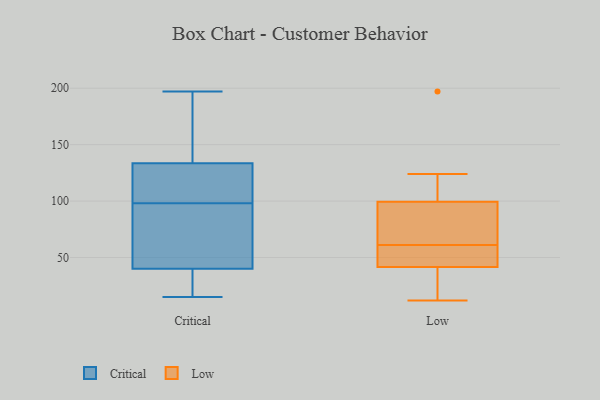
{"axis": {"x": "Bounce Rate (%)", "y": "Value"}, "legend": ["Critical", "Low"], "data": [{"x": "", "y": 197, "type": "Critical"}, {"x": "", "y": 113, "type": "Critical"}, {"x": "", "y": 26, "type": "Critical"}, {"x": "", "y": 34, "type": "Critical"}, {"x": "", "y": 24, "type": "Critical"}, {"x": "", "y": 134, "type": "Critical"}, {"x": "", "y": 64, "type": "Critical"}, {"x": "", "y": 124, "type": "Critical"}, {"x": "", "y": 101, "type": "Critical"}, {"x": "", "y": 87, "type": "Critical"}, {"x": "", "y": 18, "type": "Critical"}, {"x": "", "y": 71, "type": "Critical"}, {"x": "", "y": 15, "type": "Critical"}, {"x": "", "y": 107, "type": "Critical"}, {"x": "", "y": 95, "type": "Critical"}, {"x": "", "y": 171, "type": "Critical"}, {"x": "", "y": 135, "type": "Critical"}, {"x": "", "y": 170, "type": "Critical"}, {"x": "", "y": 46, "type": "Critical"}, {"x": "", "y": 133, "type": "Critical"}, {"x": "", "y": 23, "type": "Low"}, {"x": "", "y": 41, "type": "Low"}, {"x": "", "y": 12, "type": "Low"}, {"x": "", "y": 42, "type": "Low"}, {"x": "", "y": 100, "type": "Low"}, {"x": "", "y": 99, "type": "Low"}, {"x": "", "y": 94, "type": "Low"}, {"x": "", "y": 64, "type": "Low"}, {"x": "", "y": 197, "type": "Low"}, {"x": "", "y": 54, "type": "Low"}, {"x": "", "y": 124, "type": "Low"}, {"x": "", "y": 58, "type": "Low"}]}